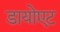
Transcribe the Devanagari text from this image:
डायोएट